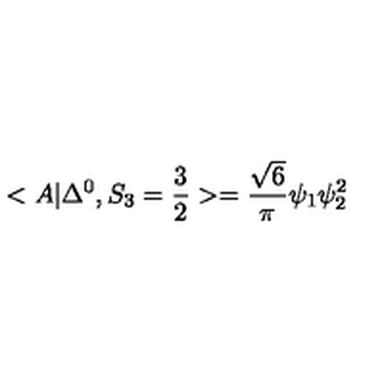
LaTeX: < A | \Delta ^ { 0 } , S _ { 3 } = \frac { 3 } { 2 } > = \frac { \sqrt { 6 } } { \pi } \psi _ { 1 } \psi _ { 2 } ^ { 2 }